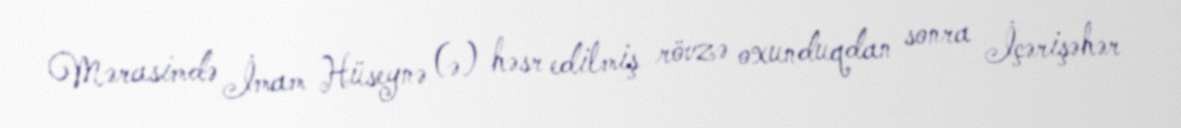
Mərasimdə İmam Hüseynə (ə) həsr edilmiş rövzə oxunduqdan sonra İçərişəhər